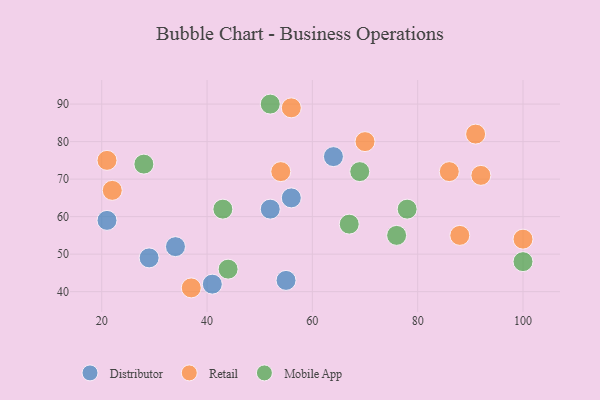
{"axis": {"x": "GDP", "y": "Life Expectancy"}, "legend": ["Distributor", "Mobile App", "Retail"], "data": [{"x": "34", "y": 52, "type": "Distributor"}, {"x": "29", "y": 49, "type": "Distributor"}, {"x": "55", "y": 43, "type": "Distributor"}, {"x": "52", "y": 62, "type": "Distributor"}, {"x": "64", "y": 76, "type": "Distributor"}, {"x": "41", "y": 42, "type": "Distributor"}, {"x": "21", "y": 59, "type": "Distributor"}, {"x": "56", "y": 65, "type": "Distributor"}, {"x": "100", "y": 54, "type": "Retail"}, {"x": "21", "y": 75, "type": "Retail"}, {"x": "92", "y": 71, "type": "Retail"}, {"x": "88", "y": 55, "type": "Retail"}, {"x": "22", "y": 67, "type": "Retail"}, {"x": "56", "y": 89, "type": "Retail"}, {"x": "70", "y": 80, "type": "Retail"}, {"x": "86", "y": 72, "type": "Retail"}, {"x": "37", "y": 41, "type": "Retail"}, {"x": "91", "y": 82, "type": "Retail"}, {"x": "54", "y": 72, "type": "Retail"}, {"x": "67", "y": 58, "type": "Mobile App"}, {"x": "28", "y": 74, "type": "Mobile App"}, {"x": "43", "y": 62, "type": "Mobile App"}, {"x": "52", "y": 90, "type": "Mobile App"}, {"x": "69", "y": 72, "type": "Mobile App"}, {"x": "100", "y": 48, "type": "Mobile App"}, {"x": "78", "y": 62, "type": "Mobile App"}, {"x": "76", "y": 55, "type": "Mobile App"}, {"x": "44", "y": 46, "type": "Mobile App"}]}